Vaccination in the Punjab 1919-1929 - 1919-1929
Year: 1919
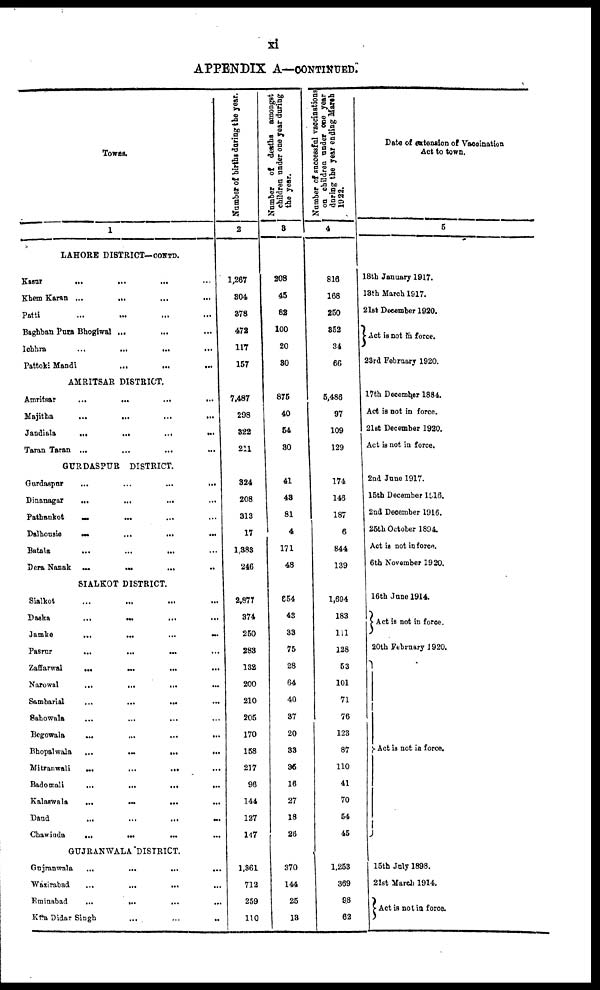
xi
APPENDIX A—CONTINUED.
Towns.
1
LAHORE DISTRICT—CONTD.
Kasur
... ... ... ...
Khem Karan ... ... ... ...
Patti ... ... ... ...
Baghban Pura Bhogiwal ... ... ...
lohhra ... ... ... ...
Pattoki Mandi ... ... ...
AMRITSAR DISTRICT.
Amritsar ... ... ... ...
Majitha
...
...
...
...
Jandiala
...
...
...
...
Taran Taran ...
GURDASPUR
DISTRICT.
Gurdaspur
...
...
...
...
Dinanagar
...
...
...
...
Pathankot ... ... ... ...
Dalhousie
...
...
...
...
Batala ... ... ... ...
Dera Nanak
...
...
...
...
SIALKOT DISTRICT.
Sialkot ... ... ... ...
Daska
...
...
...
...
Jamke
...
...
...
...
Pasrur ... ... ... ...
Zaffarwal ... ... ... ...
Narowal
...
... ... ...
Sambarial
...
...
...
...
Sabowala ... ... ... ...
Begowala
... ... ... ...
Bhopalwala
...
...
...
...
Mitranwali
...
...
... ...
Badomali
...
...
...
...
Kalaswala
...
...
...
...
Dand ... ... ... ...
Chawinda
...
...
...
...
GUJRANWALA DISTRICT.
Gujranwala
...
...
...
...
Wázirabad
...
... ... ...
Eminabad
...
...
...
...
Kta Didar Singh
...
...
..
Number of births during the year.
2
1,267
804
378
472
117
157
7,487
298
822
211
324
208
313
17
1,388
246
2.877
374
250
283
132
200
210
205
170
158
217
96
144
127
147
1,861
712
259
110
Number of deaths amongst
children under one year during
the year.
3
208
45
82
100
20
80
875
40
54
80
41
43
81
4
171
48
654
43
33
75
28
64
40
37
20
83
36
16
27
18
26
370
144
25
13
Number of successful vaccination
on children
under one year
during the year ending March
1922.
4
816
168
250
852
34
66
5,486
97
109
129
174
146
187
6
844
139
1,694
183
111
128
53
101
71
76
123
87
110
41
70
54
45
1,253
369
98
62
Date of extension of Vaccination
Act to town.
5
18th January 1917.
18th March 1917.
21st December 1920.
Act is not in force.
23rd February 1920.
17th December 1884.
Act is not in force.
21st December 1920.
Act is not in force.
2nd June 1917.
16th December 1916.
2nd December 1916.
25th October 189
Act is not in force.
6th November 1920.
16th June 1914.
Act is not in force.
20th February 1920.
Act is not in force.
15th July 1898.
21st March 1914.
Act is not in force.